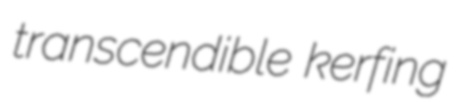
transcendible kerfing